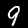
Label: 9